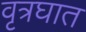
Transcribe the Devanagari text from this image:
वृत्रघात